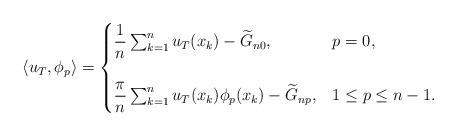
LaTeX: \begin{align*} \langle u_T, \phi_p \rangle= \begin{cases} \dfrac{1}{n}\sum_{k=1}^n u_T(x_k) - \widetilde {G}_{n0}, & p=0,\\\\ \dfrac{\pi}{n} \sum_{k=1}^n u_T(x_k) \phi_p(x_k) - \widetilde {G}_{np}, & 1 \le p \le n-1.\end{cases}\end{align*}